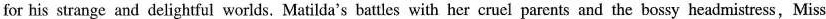
for his strange and delightful worlds. Matilda's battles with her cruel parents and the bossy headmistress,Miss